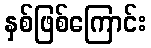
နှစ်ဖြစ်ကြောင်း